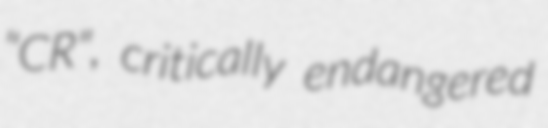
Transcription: "CR", critically endangered